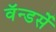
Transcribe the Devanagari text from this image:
वॅन्डर्से